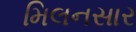
મિલનસાર